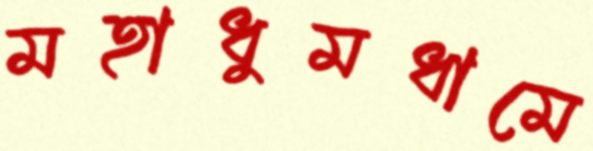
মহাধুমধামে